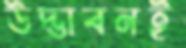
উদ্ভাবনই